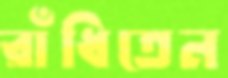
রাঁধিতেন